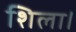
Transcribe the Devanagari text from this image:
शिला।